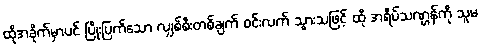
ထိုအခိုက်မှာပင် ပြိုးပြက်သော လျှစ်စီးတစ်ချက် ဝင်းလက် သွားသဖြင့် ထို အရိပ်သဏ္ဌန်ကို သူမ